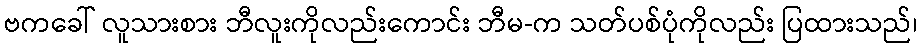
ဗကခေါ် လူသားစား ဘီလူးကိုလည်းကောင်း ဘီမ-က သတ်ပစ်ပုံကိုလည်း ပြထားသည်၊